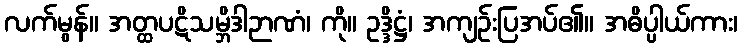
လက်မွန်။ အတ္ထပဋိသမ္ဘိဒါဉာဏံ၊ ကို။ ဥဒ္ဒိဋ္ဌံ၊ အကျဉ်းပြအပ်၏။ အဓိပ္ပါယ်ကား၊